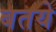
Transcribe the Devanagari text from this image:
बतये